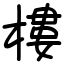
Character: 樓